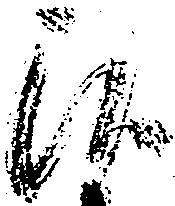
候